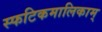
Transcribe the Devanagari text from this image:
स्फटिकमालिकाम्